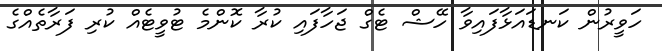
ހަވީރުން ކަނޑައަޅާފައިވާ ހޭޝް ޓެގް ޖަހާފައި ކުރާ ކޮންމެ ޓުވީޓެއް ކުރި ފަރާތެއްގެ